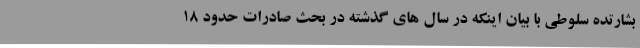
بشارتده سلوطی با بیان اینکه در سال های گذشته در بحث صادرات حدود 18